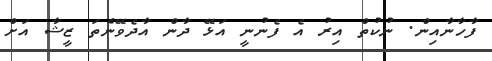
ފާހާނާއިން. ނުކުތް އިރު އެ ފެނުނީ އަޅޭ ދާން އާދެވޭނެތަ ޒީޝާ އަށް